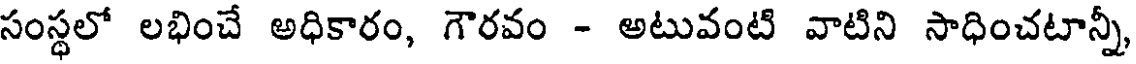
సంస్థలో లభించే అధికారం, గౌరవం - అటువంటి వాటిని సాధించటాన్నీ